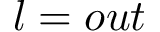
l = o u t